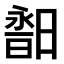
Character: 𣉣